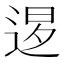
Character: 𨓆